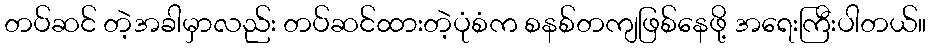
တပ်ဆင် တဲ့အခါမှာလည်း တပ်ဆင်ထားတဲ့ပုံစံက စနစ်တကျဖြစ်နေဖို့ အရေးကြီးပါတယ်။